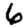
Digit: 6